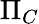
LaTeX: \Pi_{C}